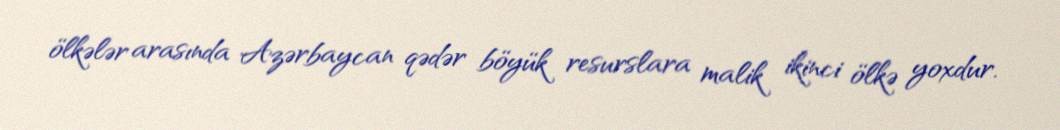
ölkələr arasında Azərbaycan qədər böyük resurslara malik ikinci ölkə yoxdur.